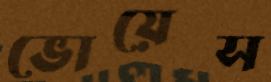
ভোয়েস